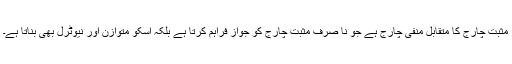
مثبت چارج کا متقابل منفی چارج ہے جو نا صرف مثبت چارج کو جواز فراہم کرتا ہے بلکہ اسکو متوازن اور نیوٹرل بھی بناتا ہے۔